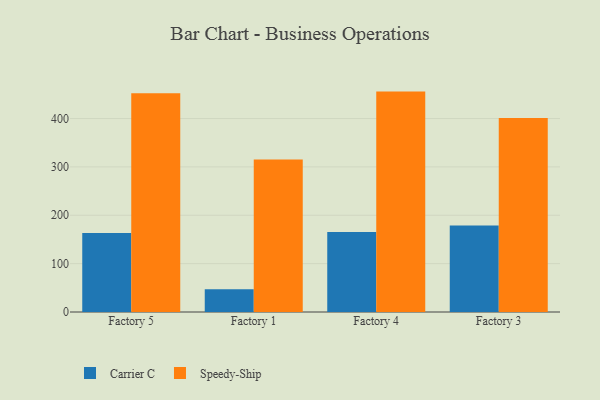
{"axis": {"x": "Factory", "y": "Energy Usage (MWh)"}, "legend": ["Carrier C", "Speedy-Ship"], "data": [{"x": "Factory 5", "y": 163.1, "type": "Carrier C"}, {"x": "Factory 5", "y": 452.4, "type": "Speedy-Ship"}, {"x": "Factory 1", "y": 47.0, "type": "Carrier C"}, {"x": "Factory 1", "y": 315.1, "type": "Speedy-Ship"}, {"x": "Factory 4", "y": 165.3, "type": "Carrier C"}, {"x": "Factory 4", "y": 455.7, "type": "Speedy-Ship"}, {"x": "Factory 3", "y": 179.1, "type": "Carrier C"}, {"x": "Factory 3", "y": 401.2, "type": "Speedy-Ship"}]}